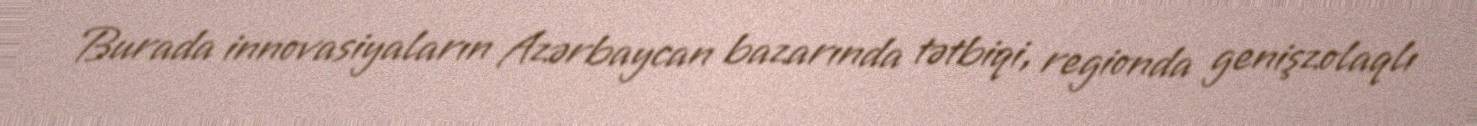
Burada innovasiyaların Azərbaycan bazarında tətbiqi, regionda genişzolaqlı